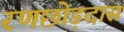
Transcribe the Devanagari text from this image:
रणछोड़दास